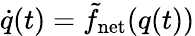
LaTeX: \begin{array}{r}{\dot{q}(t)=\tilde{f}_{\mathrm{net}}(q(t))}\end{array}